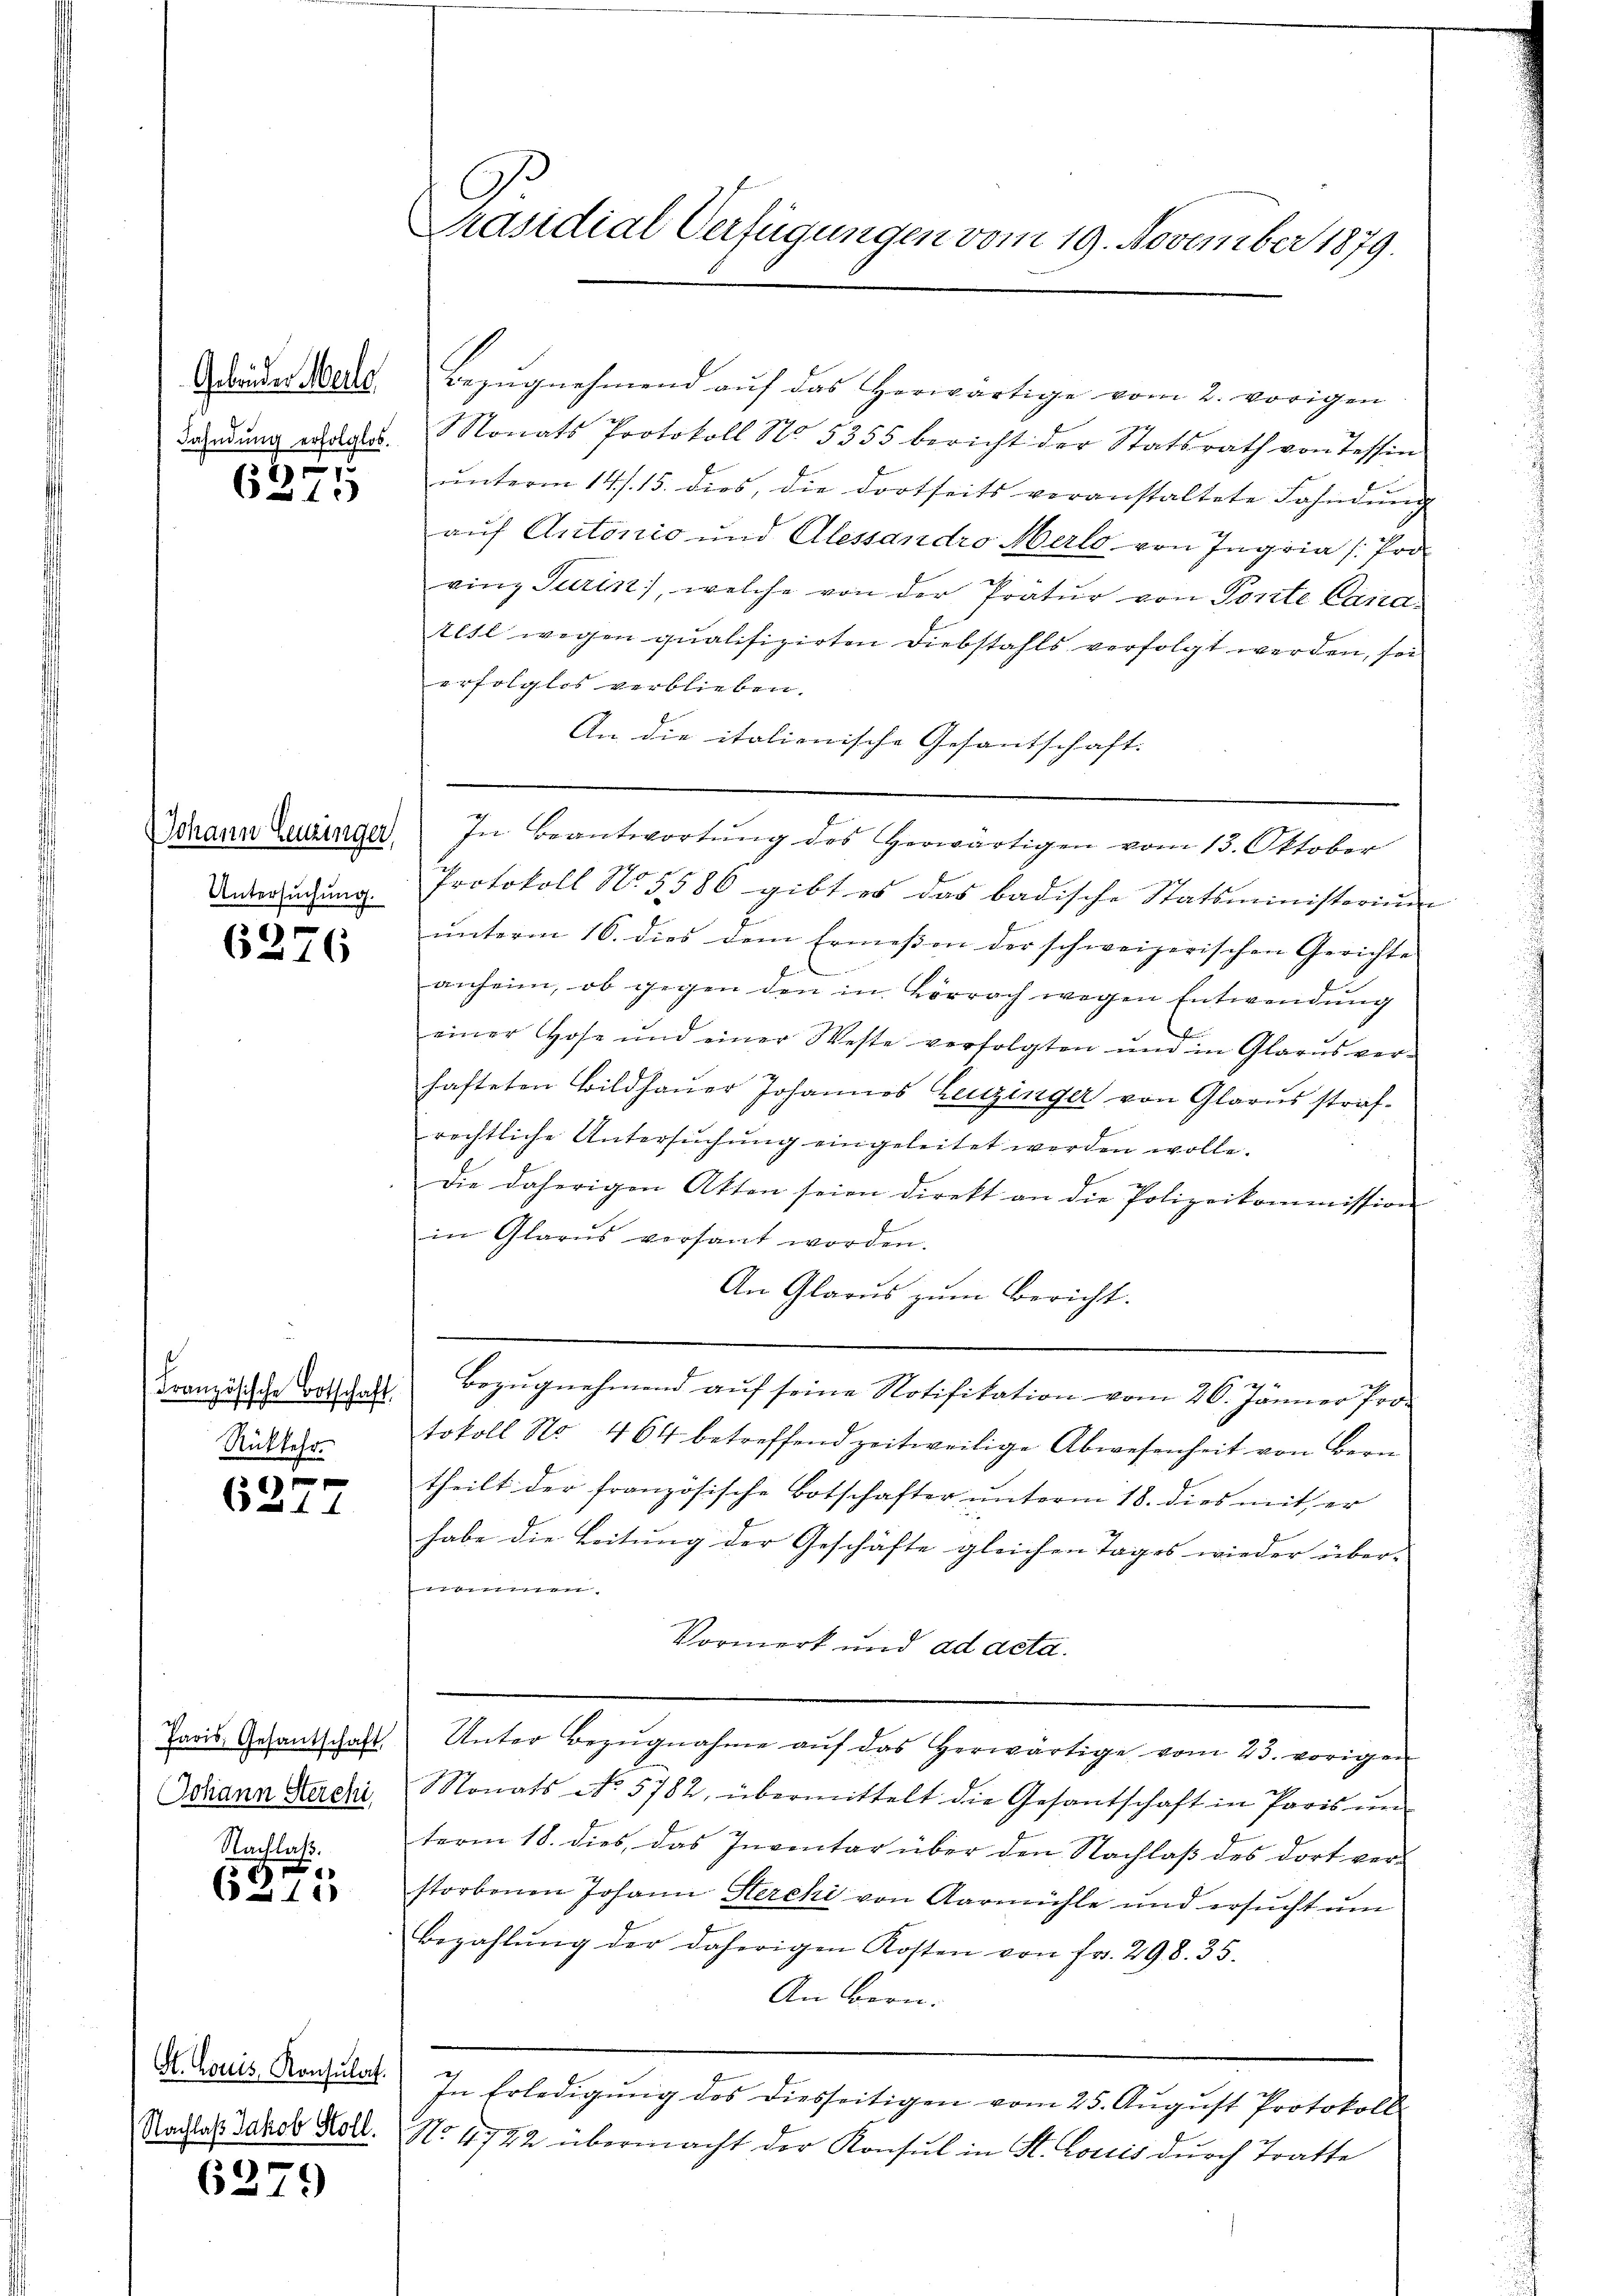
Gebrüder Meile
Fahndung erfolglos.

1
31.

JJohann Leuzinger,
Untersuchung.

6276

Französische Botschaft,
Rückkehr.

f xx
611

Paris, Gesantschaft
Johann Sterchi

Nachlaß.

11

St. Louis, Konsulat.
(Nachlaß Jakob Stoll.

6379

C
Präsidial-Verfügungen vom 19. November 1879.

Bezugnehmend auf das Horwärtige vom 2. vorigen
Nonats Protokoll No. 5355 bericht der Statsrath von Tessin
ŭnterm 14./. 15. dies, die dortseits veranstaltete Fahndŭng
auf Antonio und Alessandro Merlo, von Ingria Pro
vinz Turin), welche von der Prätur von Porte Cana
ilte wegen qualifizirten Diebstahls verfolgt werden, sei
erfolglos verblieben.
An die italienische Gesantschaft:
In Beantwortung des Herwärtigen vom 13. Oktober
Protokoll No 5586 gibt es das badische Statsministerium
ŭnterm 16. dies dem Ermeßen der schweizerischen Gerichte
anheim, ob gegen den in Lörrach wegen Entwendung
einer Hose und einer Weste verfolgten ŭm in Glarus ver-
hafteten Bildhaŭer Johannes Leuzinger von Glarus straf-
rechtliche Untersuchung eingeleitet werden wolle.
Die daherigen Akten seien direkt an die Polizeikommission
in Glarus versant worden.
An Glarus zum Bericht.
Bezugnehmend auf seine Notifikation vom 26. Jänner Pro-
tokoll No. 464 betreffend zeitweilige Abwesenheit von Bern
theilt der französische Botschafter unterm 18. dies mit er
habe die Leitung der Geschäfte gleichen Tages wieder über- |
nommen.
Vormerk und ad acta.
Unter Bezŭgnahme aŭf das herwärtige vom 23. vorigen
Monats No. 5782, übermittelt die Gesantschaft in Paris ŭm
term 18. dies, das Inventar über den Nachlaß des dort ver-
storbenen Johann Sterchi von Aarmühle und ersucht um
Bezahlŭng der daherigen Kosten von fr. 298. 35.
An Bern.
In Erledigŭng des diesseitigen vom 25. Aŭgŭst Protokoll
No. 4722 übermacht der Konsul in St. Louis durch Tratte